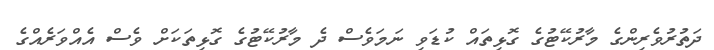
ދަތުރުވެރިންގެ މާރުކޭޓުގެ ގޮޅިތައް ކުޑަވި ނަމަވެސް ދެ މާރުކޭޓުގެ ގޮޅިތަކަށް ވެސް އެއްވަރެއްގެ